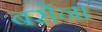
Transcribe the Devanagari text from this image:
बरोंना